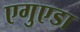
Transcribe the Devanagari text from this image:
एगुएडा